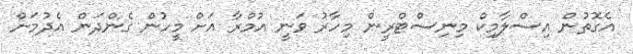
އެގޮތުން އިސްލާމިކް މިނިސްޓްރީން މިހާރު ވަނީ އުމްރާ އަށް މީހުން ގެންދަން އެދުމަށް